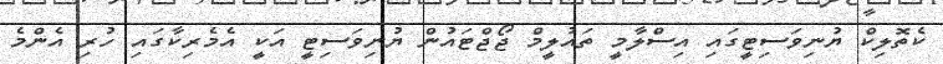
ކެތޮލިކް ޔުނިވަސިޓީގައި އިސްލާމީ ތައުލީމް ޖޯޖްޓައުން ޔުނިވަސިޓީ އަކީ އެމެރިކާގައި ހުރި އެންމެ